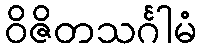
ဝိဇိတသင်္ဂါမံ